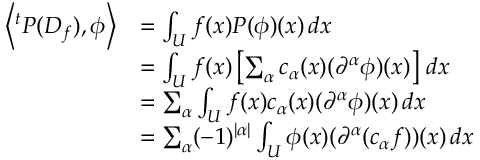
{ \begin{array} { r l } { \left\langle ^ { t } P ( D _ { f } ) , \phi \right\rangle } & { = \int _ { U } f ( x ) P ( \phi ) ( x ) \, d x } \\ & { = \int _ { U } f ( x ) \left[ \sum _ { \alpha } c _ { \alpha } ( x ) ( \partial ^ { \alpha } \phi ) ( x ) \right] \, d x } \\ & { = \sum _ { \alpha } \int _ { U } f ( x ) c _ { \alpha } ( x ) ( \partial ^ { \alpha } \phi ) ( x ) \, d x } \\ & { = \sum _ { \alpha } ( - 1 ) ^ { | \alpha | } \int _ { U } \phi ( x ) ( \partial ^ { \alpha } ( c _ { \alpha } f ) ) ( x ) \, d x } \end{array} }